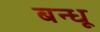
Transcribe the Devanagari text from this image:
बन्धू